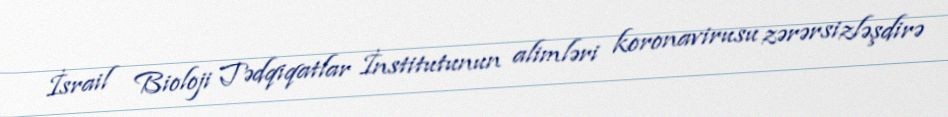
İsrail Bioloji Tədqiqatlar İnstitutunun alimləri koronavirusu zərərsizləşdirə